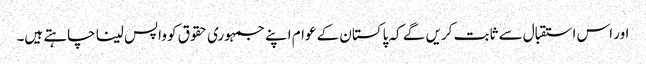
اور اس استقبال سے ثابت کریں گے کہ پاکستان کے عوام اپنے جمہوری حقوق کو واپس لینا چاہتے ہیں۔